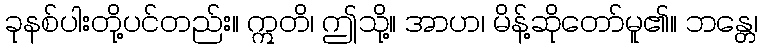
ခုနစ်ပါးတို့ပင်တည်း။ ဣတိ၊ ဤသို့။ အာဟ၊ မိန့်ဆိုတော်မူ၏။ ဘန္တေ၊